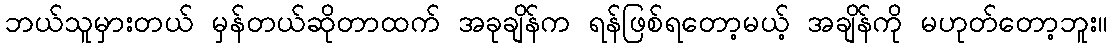
ဘယ်သူမှားတယ် မှန်တယ်ဆိုတာထက် အခုချိန်က ရန်ဖြစ်ရတော့မယ့် အချိန်ကို မဟုတ်တော့ဘူး။